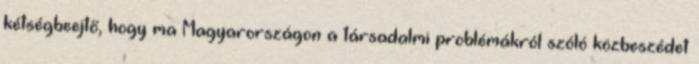
kétségbeejtő, hogy ma Magyarországon a társadalmi problémákról szóló közbeszédet